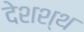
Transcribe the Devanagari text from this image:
देशश्थ